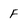
Character: F